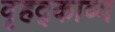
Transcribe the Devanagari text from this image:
वृहद्काव्य